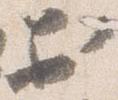
於